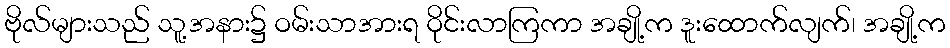
ဗိုလ်များသည် သူ့အနား၌ ဝမ်းသာအားရ ဝိုင်းလာကြကာ အချို့က ဒူးထောက်လျက်၊ အချို့က